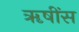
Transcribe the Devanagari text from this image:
ॠषींस